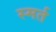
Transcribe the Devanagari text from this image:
स्मर्त